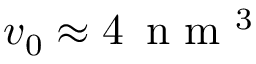
v _ { 0 } \approx 4 \, { \mathrm { ~ n ~ m ~ } } ^ { 3 }